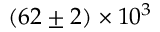
( 6 2 \pm 2 ) \times 1 0 ^ { 3 }